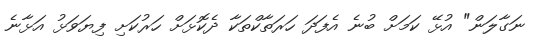
ނަގާލަން" އުޅޭ ކަމަށް ބުނެ އެފަދަ ހަރަތާކްތަކާ ދެކޮޅަށް ހަރުކަށި ފިޔަވަޅު އަޅާނެ